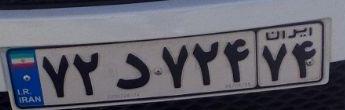
۷۲د۷۲۴۷۴